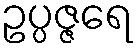
ဥပ္ပဇ္ဇရေ